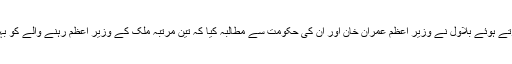
جبکہ جیل کے باہر میڈیا سے بات کرتے ہوئے بلاول نے وزیر اعظم عمران خان اور ان کی حکومت سے مطالبہ کیا کہ تین مرتبہ ملک کے وزیر اعظم رہنے والے کو بہترین علاج کی سہولت مہیا کی جائے۔